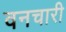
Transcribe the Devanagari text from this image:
वनचारी